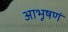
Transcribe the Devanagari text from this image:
आभूषणं